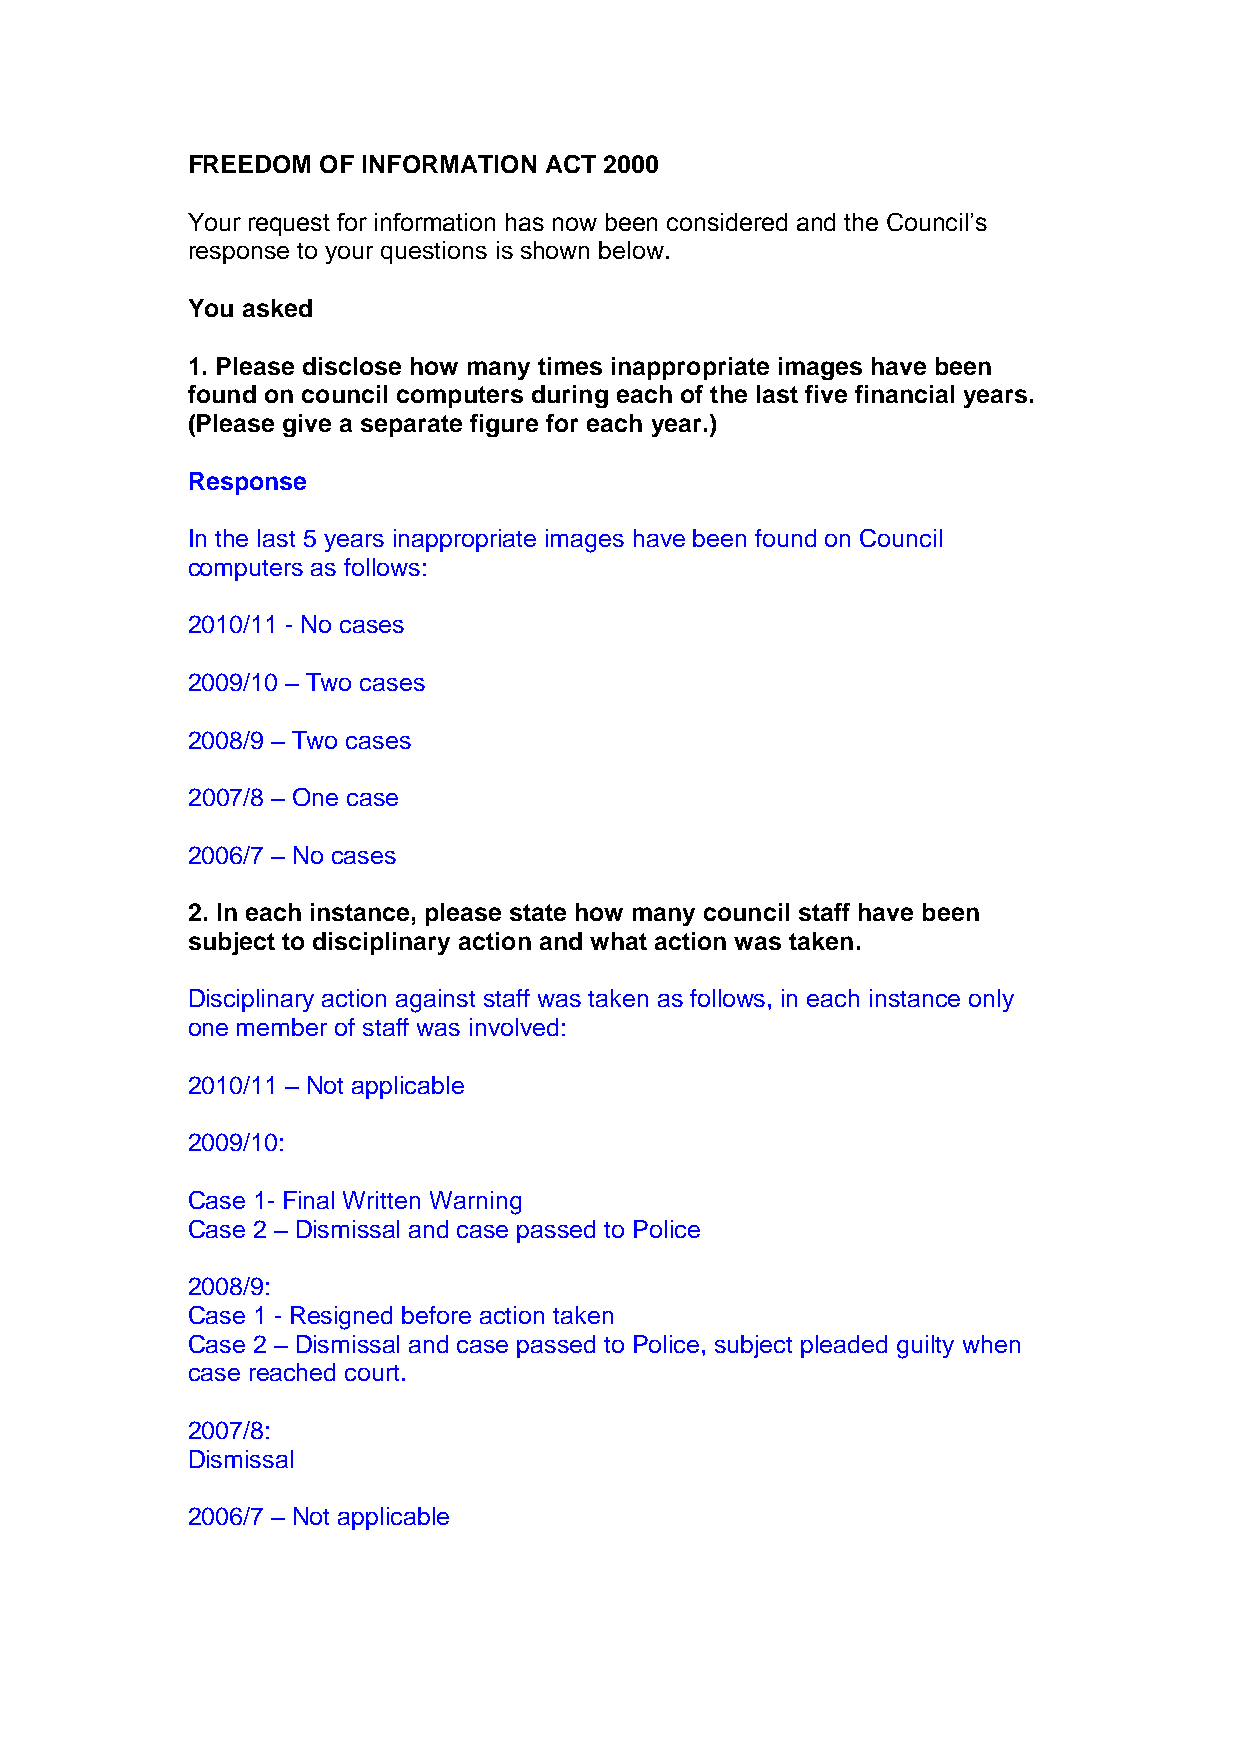
FREEDOM  OF INFORMATION ACT 2000
 Your request for information has now been considered and the Council’s
 response to your questions is shown below.
 You asked
 1. Please disclose how many times inappropriate images have been
 found on council computers during each of the last five financial years.
 (Please give a separate figure for each year.)
 Response
 In the last 5 years inappropriate images have been found on Council
 computers as follows:
 2010/11 - No cases
 2009/10 – Two cases
 2008/9 – Two cases
 2007/8 – One case
 2006/7 – No cases
 2. In each instance, please state how many council staff have been
 subject to disciplinary action and what action was taken.
 Disciplinary action against staff was taken as follows, in each instance only
 one member of staff was involved:
 2010/11 – Not applicable
 2009/10:
 Case 1- Final Written Warning
 Case 2 – Dismissal and case passed to Police
 2008/9:
 Case 1 - Resigned before action taken
 Case 2 – Dismissal and case passed to Police, subject pleaded guilty when
 case reached court.
 2007/8:
 Dismissal
 2006/7 – Not applicable